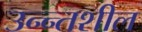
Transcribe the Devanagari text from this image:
उन्न्तशील